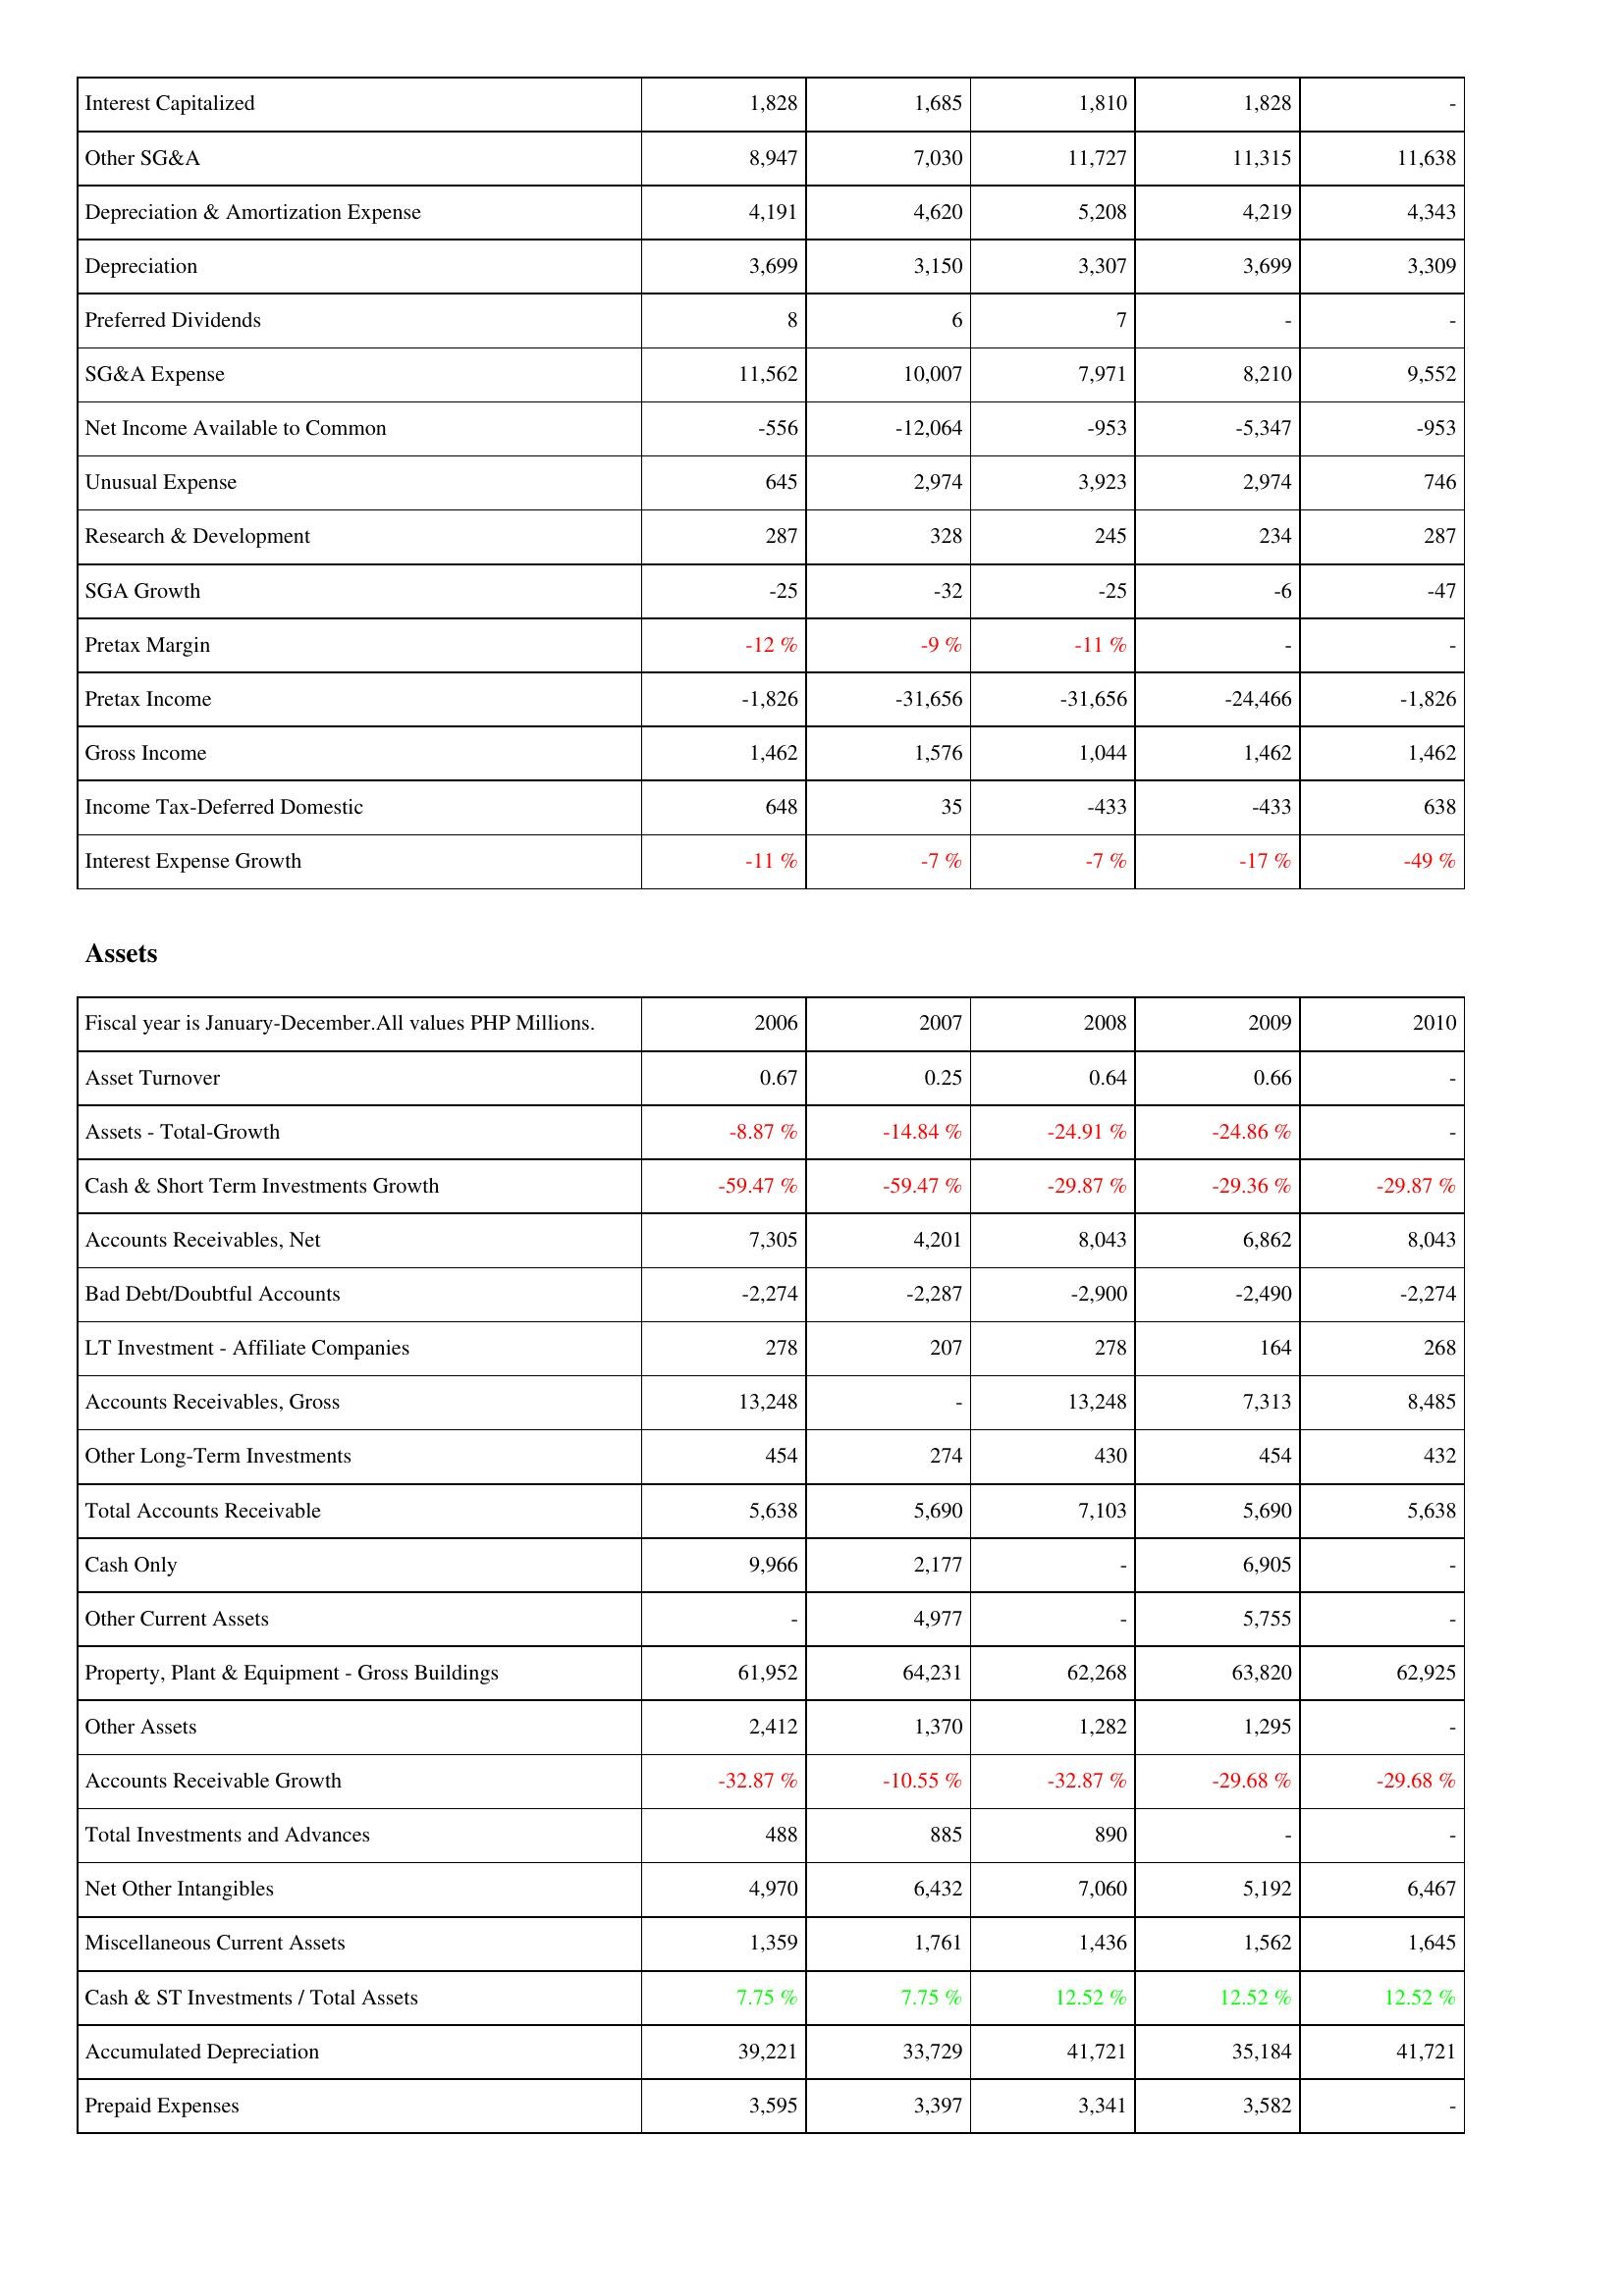
2006: Income Statement: Interest Capitalized: 1,828
Other SG&A: 8,947
Depreciation & Amortization Expense: 4,191
Depreciation: 3,699
Preferred Dividends: 8
SG&A Expense: 11,562
Net Income Available to Common: -556
Unusual Expense: 645
Research & Development: 287
SGA Growth: -25
Pretax Margin: -12 %
Pretax Income: -1,826
Gross Income: 1,462
Income Tax-Deferred Domestic: 648
Interest Expense Growth: -11 %
Assets: Asset Turnover: 0.67
Assets - Total-Growth: -8.87 %
Cash & Short Term Investments Growth: -59.47 %
Accounts Receivables, Net: 7,305
Bad Debt/Doubtful Accounts: -2,274
LT Investment - Affiliate Companies: 278
Accounts Receivables, Gross: 13,248
Other Long-Term Investments: 454
Total Accounts Receivable: 5,638
Cash Only: 9,966
Other Current Assets: -
Property, Plant & Equipment - Gross Buildings: 61,952
Other Assets: 2,412
Accounts Receivable Growth: -32.87 %
Total Investments and Advances: 488
Net Other Intangibles: 4,970
Miscellaneous Current Assets: 1,359
Cash & ST Investments / Total Assets: 7.75 %
Accumulated Depreciation: 39,221
Prepaid Expenses: 3,595
2007: Income Statement: Interest Capitalized: 1,685
Other SG&A: 7,030
Depreciation & Amortization Expense: 4,620
Depreciation: 3,150
Preferred Dividends: 6
SG&A Expense: 10,007
Net Income Available to Common: -12,064
Unusual Expense: 2,974
Research & Development: 328
SGA Growth: -32
Pretax Margin: -9 %
Pretax Income: -31,656
Gross Income: 1,576
Income Tax-Deferred Domestic: 35
Interest Expense Growth: -7 %
Assets: Asset Turnover: 0.25
Assets - Total-Growth: -14.84 %
Cash & Short Term Investments Growth: -59.47 %
Accounts Receivables, Net: 4,201
Bad Debt/Doubtful Accounts: -2,287
LT Investment - Affiliate Companies: 207
Accounts Receivables, Gross: -
Other Long-Term Investments: 274
Total Accounts Receivable: 5,690
Cash Only: 2,177
Other Current Assets: 4,977
Property, Plant & Equipment - Gross Buildings: 64,231
Other Assets: 1,370
Accounts Receivable Growth: -10.55 %
Total Investments and Advances: 885
Net Other Intangibles: 6,432
Miscellaneous Current Assets: 1,761
Cash & ST Investments / Total Assets: 7.75 %
Accumulated Depreciation: 33,729
Prepaid Expenses: 3,397
2008: Income Statement: Interest Capitalized: 1,810
Other SG&A: 11,727
Depreciation & Amortization Expense: 5,208
Depreciation: 3,307
Preferred Dividends: 7
SG&A Expense: 7,971
Net Income Available to Common: -953
Unusual Expense: 3,923
Research & Development: 245
SGA Growth: -25
Pretax Margin: -11 %
Pretax Income: -31,656
Gross Income: 1,044
Income Tax-Deferred Domestic: -433
Interest Expense Growth: -7 %
Assets: Asset Turnover: 0.64
Assets - Total-Growth: -24.91 %
Cash & Short Term Investments Growth: -29.87 %
Accounts Receivables, Net: 8,043
Bad Debt/Doubtful Accounts: -2,900
LT Investment - Affiliate Companies: 278
Accounts Receivables, Gross: 13,248
Other Long-Term Investments: 430
Total Accounts Receivable: 7,103
Cash Only: -
Other Current Assets: -
Property, Plant & Equipment - Gross Buildings: 62,268
Other Assets: 1,282
Accounts Receivable Growth: -32.87 %
Total Investments and Advances: 890
Net Other Intangibles: 7,060
Miscellaneous Current Assets: 1,436
Cash & ST Investments / Total Assets: 12.52 %
Accumulated Depreciation: 41,721
Prepaid Expenses: 3,341
2009: Income Statement: Interest Capitalized: 1,828
Other SG&A: 11,315
Depreciation & Amortization Expense: 4,219
Depreciation: 3,699
Preferred Dividends: -
SG&A Expense: 8,210
Net Income Available to Common: -5,347
Unusual Expense: 2,974
Research & Development: 234
SGA Growth: -6
Pretax Margin: -
Pretax Income: -24,466
Gross Income: 1,462
Income Tax-Deferred Domestic: -433
Interest Expense Growth: -17 %
Assets: Asset Turnover: 0.66
Assets - Total-Growth: -24.86 %
Cash & Short Term Investments Growth: -29.36 %
Accounts Receivables, Net: 6,862
Bad Debt/Doubtful Accounts: -2,490
LT Investment - Affiliate Companies: 164
Accounts Receivables, Gross: 7,313
Other Long-Term Investments: 454
Total Accounts Receivable: 5,690
Cash Only: 6,905
Other Current Assets: 5,755
Property, Plant & Equipment - Gross Buildings: 63,820
Other Assets: 1,295
Accounts Receivable Growth: -29.68 %
Total Investments and Advances: -
Net Other Intangibles: 5,192
Miscellaneous Current Assets: 1,562
Cash & ST Investments / Total Assets: 12.52 %
Accumulated Depreciation: 35,184
Prepaid Expenses: 3,582
2010: Income Statement: Interest Capitalized: -
Other SG&A: 11,638
Depreciation & Amortization Expense: 4,343
Depreciation: 3,309
Preferred Dividends: -
SG&A Expense: 9,552
Net Income Available to Common: -953
Unusual Expense: 746
Research & Development: 287
SGA Growth: -47
Pretax Margin: -
Pretax Income: -1,826
Gross Income: 1,462
Income Tax-Deferred Domestic: 638
Interest Expense Growth: -49 %
Assets: Asset Turnover: -
Assets - Total-Growth: -
Cash & Short Term Investments Growth: -29.87 %
Accounts Receivables, Net: 8,043
Bad Debt/Doubtful Accounts: -2,274
LT Investment - Affiliate Companies: 268
Accounts Receivables, Gross: 8,485
Other Long-Term Investments: 432
Total Accounts Receivable: 5,638
Cash Only: -
Other Current Assets: -
Property, Plant & Equipment - Gross Buildings: 62,925
Other Assets: -
Accounts Receivable Growth: -29.68 %
Total Investments and Advances: -
Net Other Intangibles: 6,467
Miscellaneous Current Assets: 1,645
Cash & ST Investments / Total Assets: 12.52 %
Accumulated Depreciation: 41,721
Prepaid Expenses: -